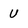
Character: U